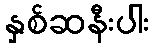
နှစ်ဆနီးပါး